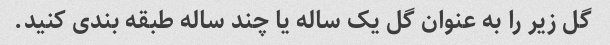
گل زیر را به عنوان گل یک ساله یا چند ساله طبقه بندی کنید.